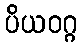
ပိယဝဂ္ဂ